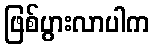
ဖြစ်ပွားလာပါက